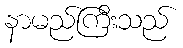
နာမည်ကြီးသည်